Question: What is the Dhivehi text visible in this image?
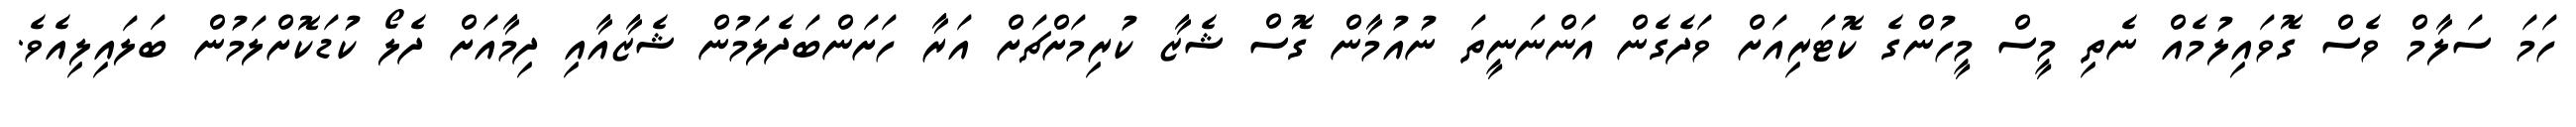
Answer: ހަމަ ސަލާމް ވެސް ގޮވައިލުމެއް ނެތި މީސް މީހުންގެ ކޮޓަރިއަށް ވަދެގެން އަންނަނީތަ ނުއުމާން ގޮސް ޝެޒާ ކުރިމަށްޗަށް އަރާ ހަށަންބަދެލަމުން ޝެޒާއާއި ދިމާއަށް ދެލޯ ކުޑަކޮށްލަމުން ބަލައިލިއެވެ.